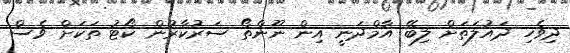
ދިވެހި ދައުލަތަށް ލިބޭ އާމްދަނީ އިން ނޫންތޯ ސަރުކާރުން ކޯޓު ތަކަށް ވެސް